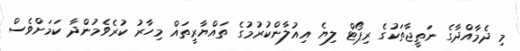
މި ދެމާއްދާގެ ނަތީޖާތަކުގެ ރިޕޯޓް ލިޔެ އިއުލާންކުރުމުގެ ތައްޔާރީތައް މިހާރު ކުރެވެމުންދާ ކަމަށްވެސް